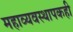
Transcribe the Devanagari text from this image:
महाव्यवस्थापकही